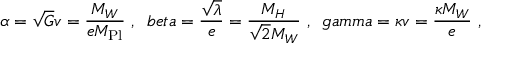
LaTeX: \alpha = \sqrt { G } v = \frac { M _ { W } } { e M _ { \mathrm { P l } } } \ , \ \, b e t a = \frac { \sqrt { \lambda } } { e } = \frac { M _ { H } } { \sqrt { 2 } M _ { W } } \ , \ \, g a m m a = \kappa v = \frac { \kappa M _ { W } } { e } \ ,